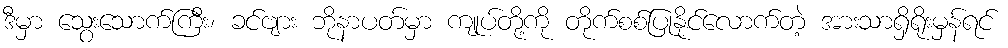
ဒီမှာ သွေးသောက်ကြီး၊ ခင်ဗျား ဘိုနာပတ်မှာ ကျုပ်တို့ကို တိုက်စစ်ပြုနိုင်လောက်တဲ့ အားသာရှိရိုးမှန်ရင်